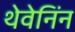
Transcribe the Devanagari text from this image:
थेवेनिंन